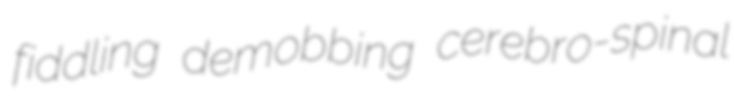
fiddling demobbing cerebro-spinal